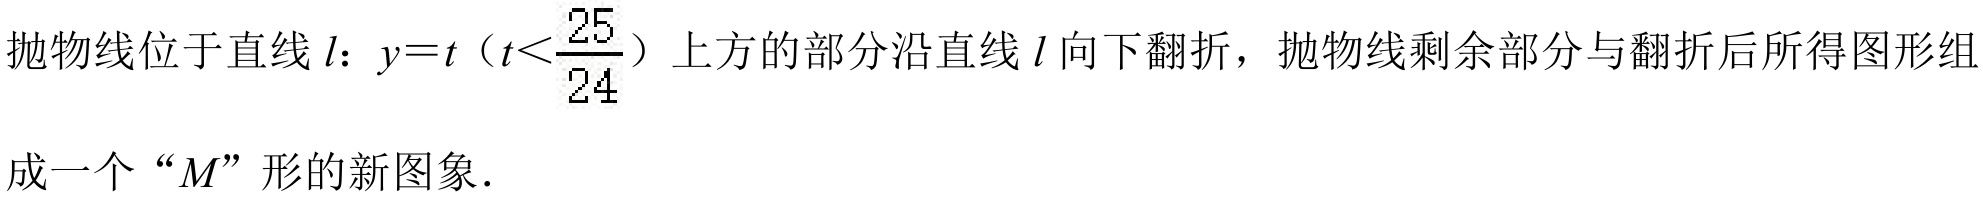
抛物线位于直线 \(l\)：\(y = t\)（\(t<\frac{25}{24}\)）上方的部分沿直线 \(l\) 向下翻折，抛物线剩余部分与翻折后所得图形组
成一个 “\(M\)” 形的新图象.